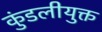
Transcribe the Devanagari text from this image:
कुंडलीयुक्त